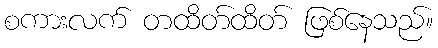
စကားလက် တထိတ်ထိတ် ဖြစ်နေသည်။